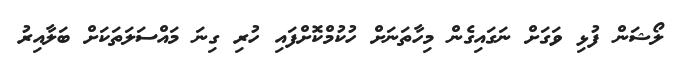
ލޯޝަން ފުޅި ވަގަށް ނަގައިގެން މިހާތަނަށް ހުކުމްކޮށްފައި ހުރި ގިނަ މައްސަލަތަކަށް ބަލާއިރު